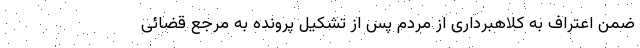
ضمن اعتراف به کلاهبرداری از مردم پس از تشکیل پرونده به مرجع قضائی